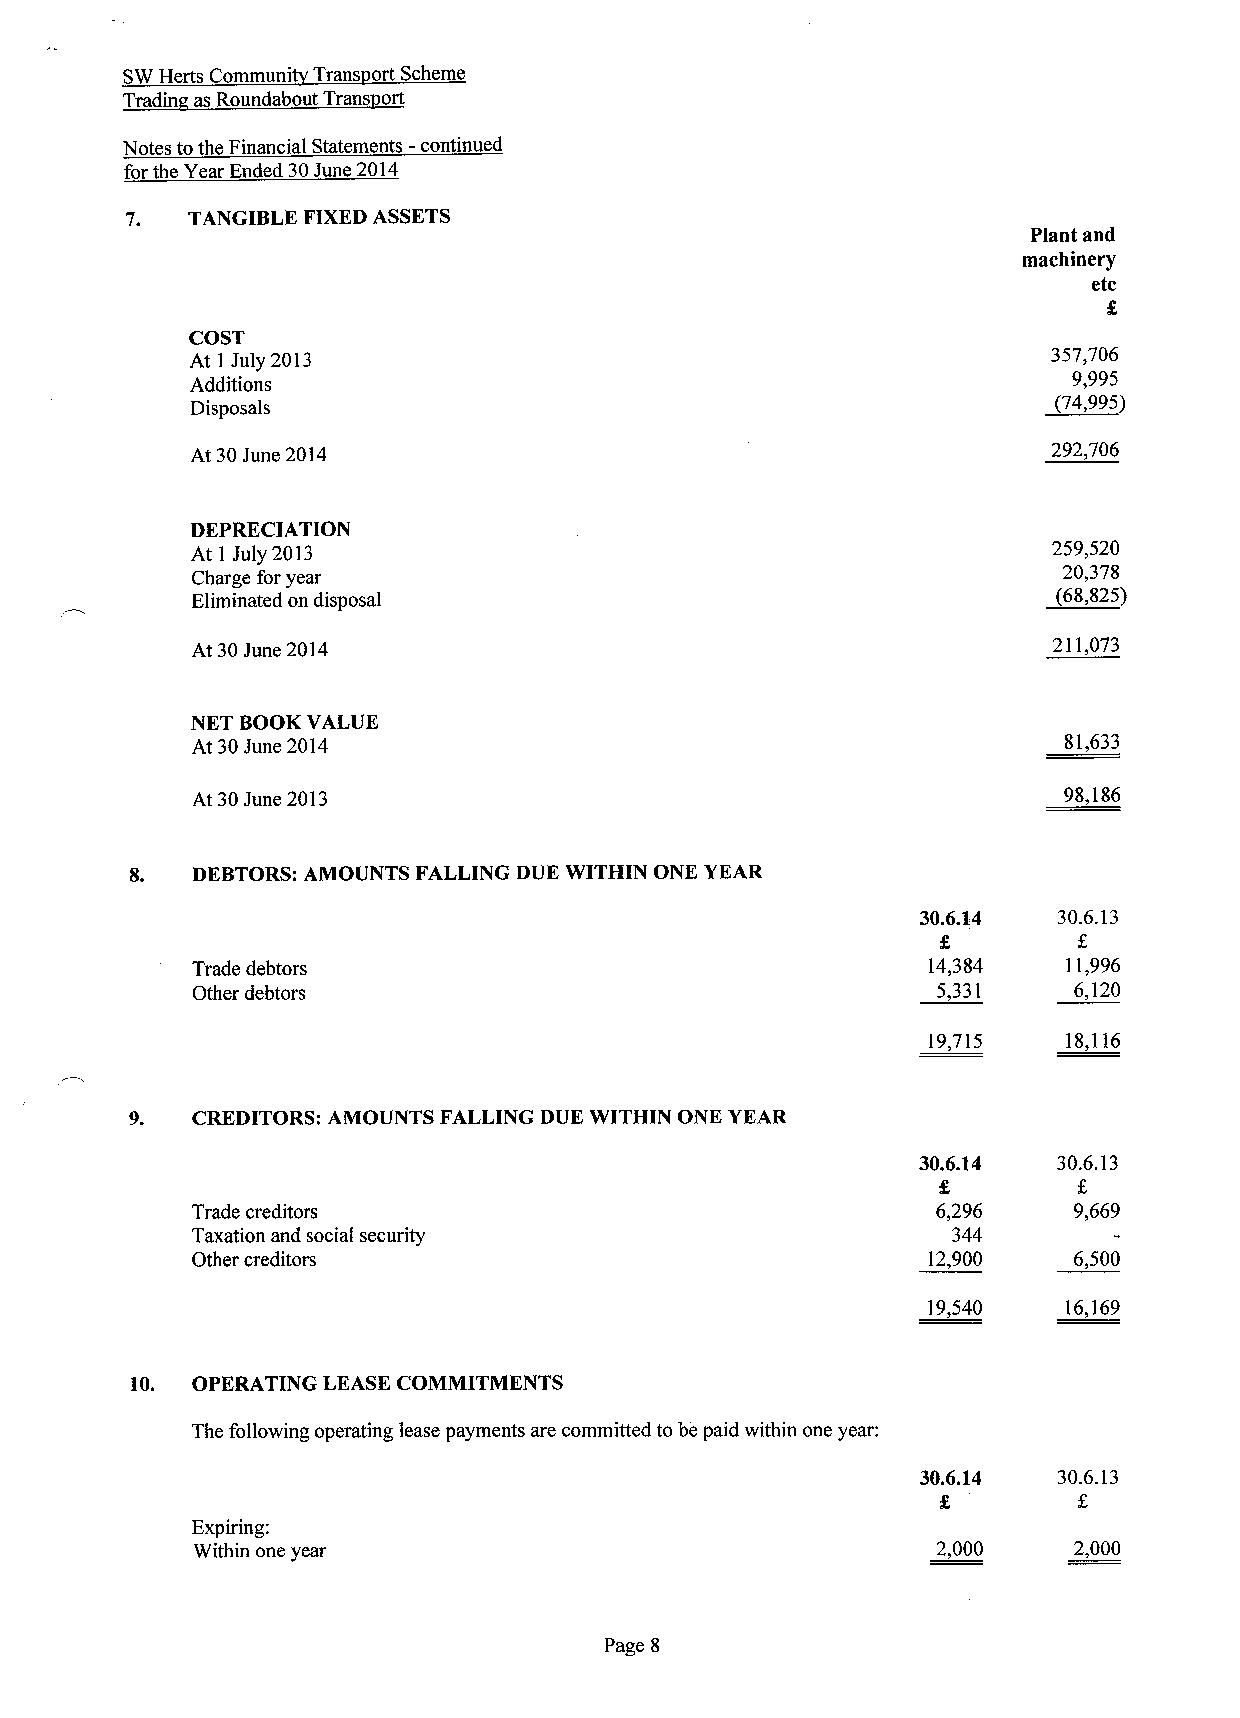
SWHerts Communi Trans ort Scheme
 Tradin as Roundabout Trans ort
 Notes tothe Financial Statements
 -continued
 for the Year Ended 30June 2014
 7.  TANGIBLE FIXEDASSETS
 Plant and
 machinery
 etc
 COST
 At 1 July 2013                                           357,706
 9,995
 Additions
 Disposals
 (74,995)
 At 30June 2014                                           292,706
 DEPRECIATION
 At 1 July 2013                                           259,520
 Charge for year                                          20,378
 Eliminated on disposal                                   (68,825)
 At 30June 2014                                           211,073
 NET BOOK VALUE
 At 30June 2014                                           81,633
 At 30June 2013                                           98,186
 8.  DEBTORS:AMOUNTS FALLING DUE WITHIN ONE YEAR
 30.6.14  30.6.13
 Trade debtors                                   14,384    11,996
 Other debtors                                    5,331    6,120
 19,715    18,116
 9.  CREDITORS: AMOUNTS FALLING DUE WITHIN ONE YEAR
 30.6.14  30.6.13
 Trade creditors                                  6,296    9,669
 Taxation and social security                      344
 Other creditors                                 12,900    6,500
 19,540    16,169
 10. OPERATING LEASE COMMITMENTS
 The following operating lease payments are committed to be paid within one year:
 30.6.14  30.6.13
 Expiring:
 Within one year                                  2,000    2,000
 Page 8